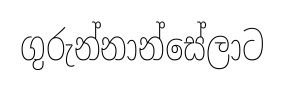
ගුරුන්නාන්සේලාට